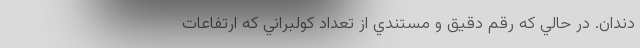
دندان. در حالي كه رقم دقيق و مستندي از تعداد كولبراني كه ارتفاعات